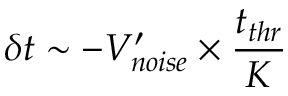
\delta t \sim - V _ { n o i s e } ^ { \prime } \times \frac { t _ { t h r } } { K }